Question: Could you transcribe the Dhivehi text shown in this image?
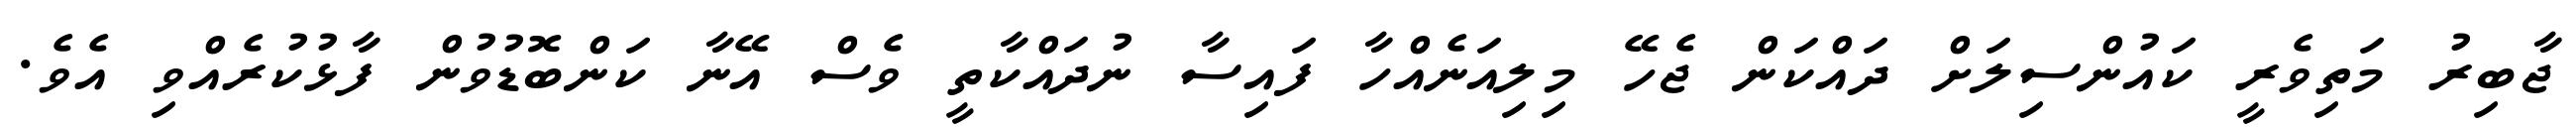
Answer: ޖާބިރު މަތިވެރީ ކައުންސިލަށް ދައްކަން ޖެހޭ މިލިއަނެއްހާ ފައިސާ ނުދައްކާތީ ވެސް އޭނާ ކަންބޮޑުވުން ފާޅުކުރެއްވި އެވެ.